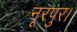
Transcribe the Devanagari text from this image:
नूरपुर।